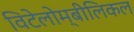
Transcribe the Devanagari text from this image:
विटेलोम्बीलिकल